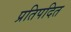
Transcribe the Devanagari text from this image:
प्रतिपदित